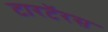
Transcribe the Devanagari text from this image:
टारटॅरस